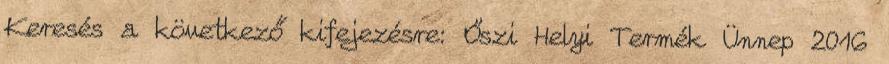
Keresés a következő kifejezésre: Őszi Helyi Termék Ünnep 2016